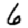
Digit: 6